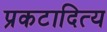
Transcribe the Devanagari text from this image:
प्रकटादित्य